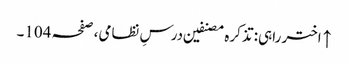
↑ اختر راہی: تذکرہ مصنفین درسِ نظامی، صفحہ 104۔